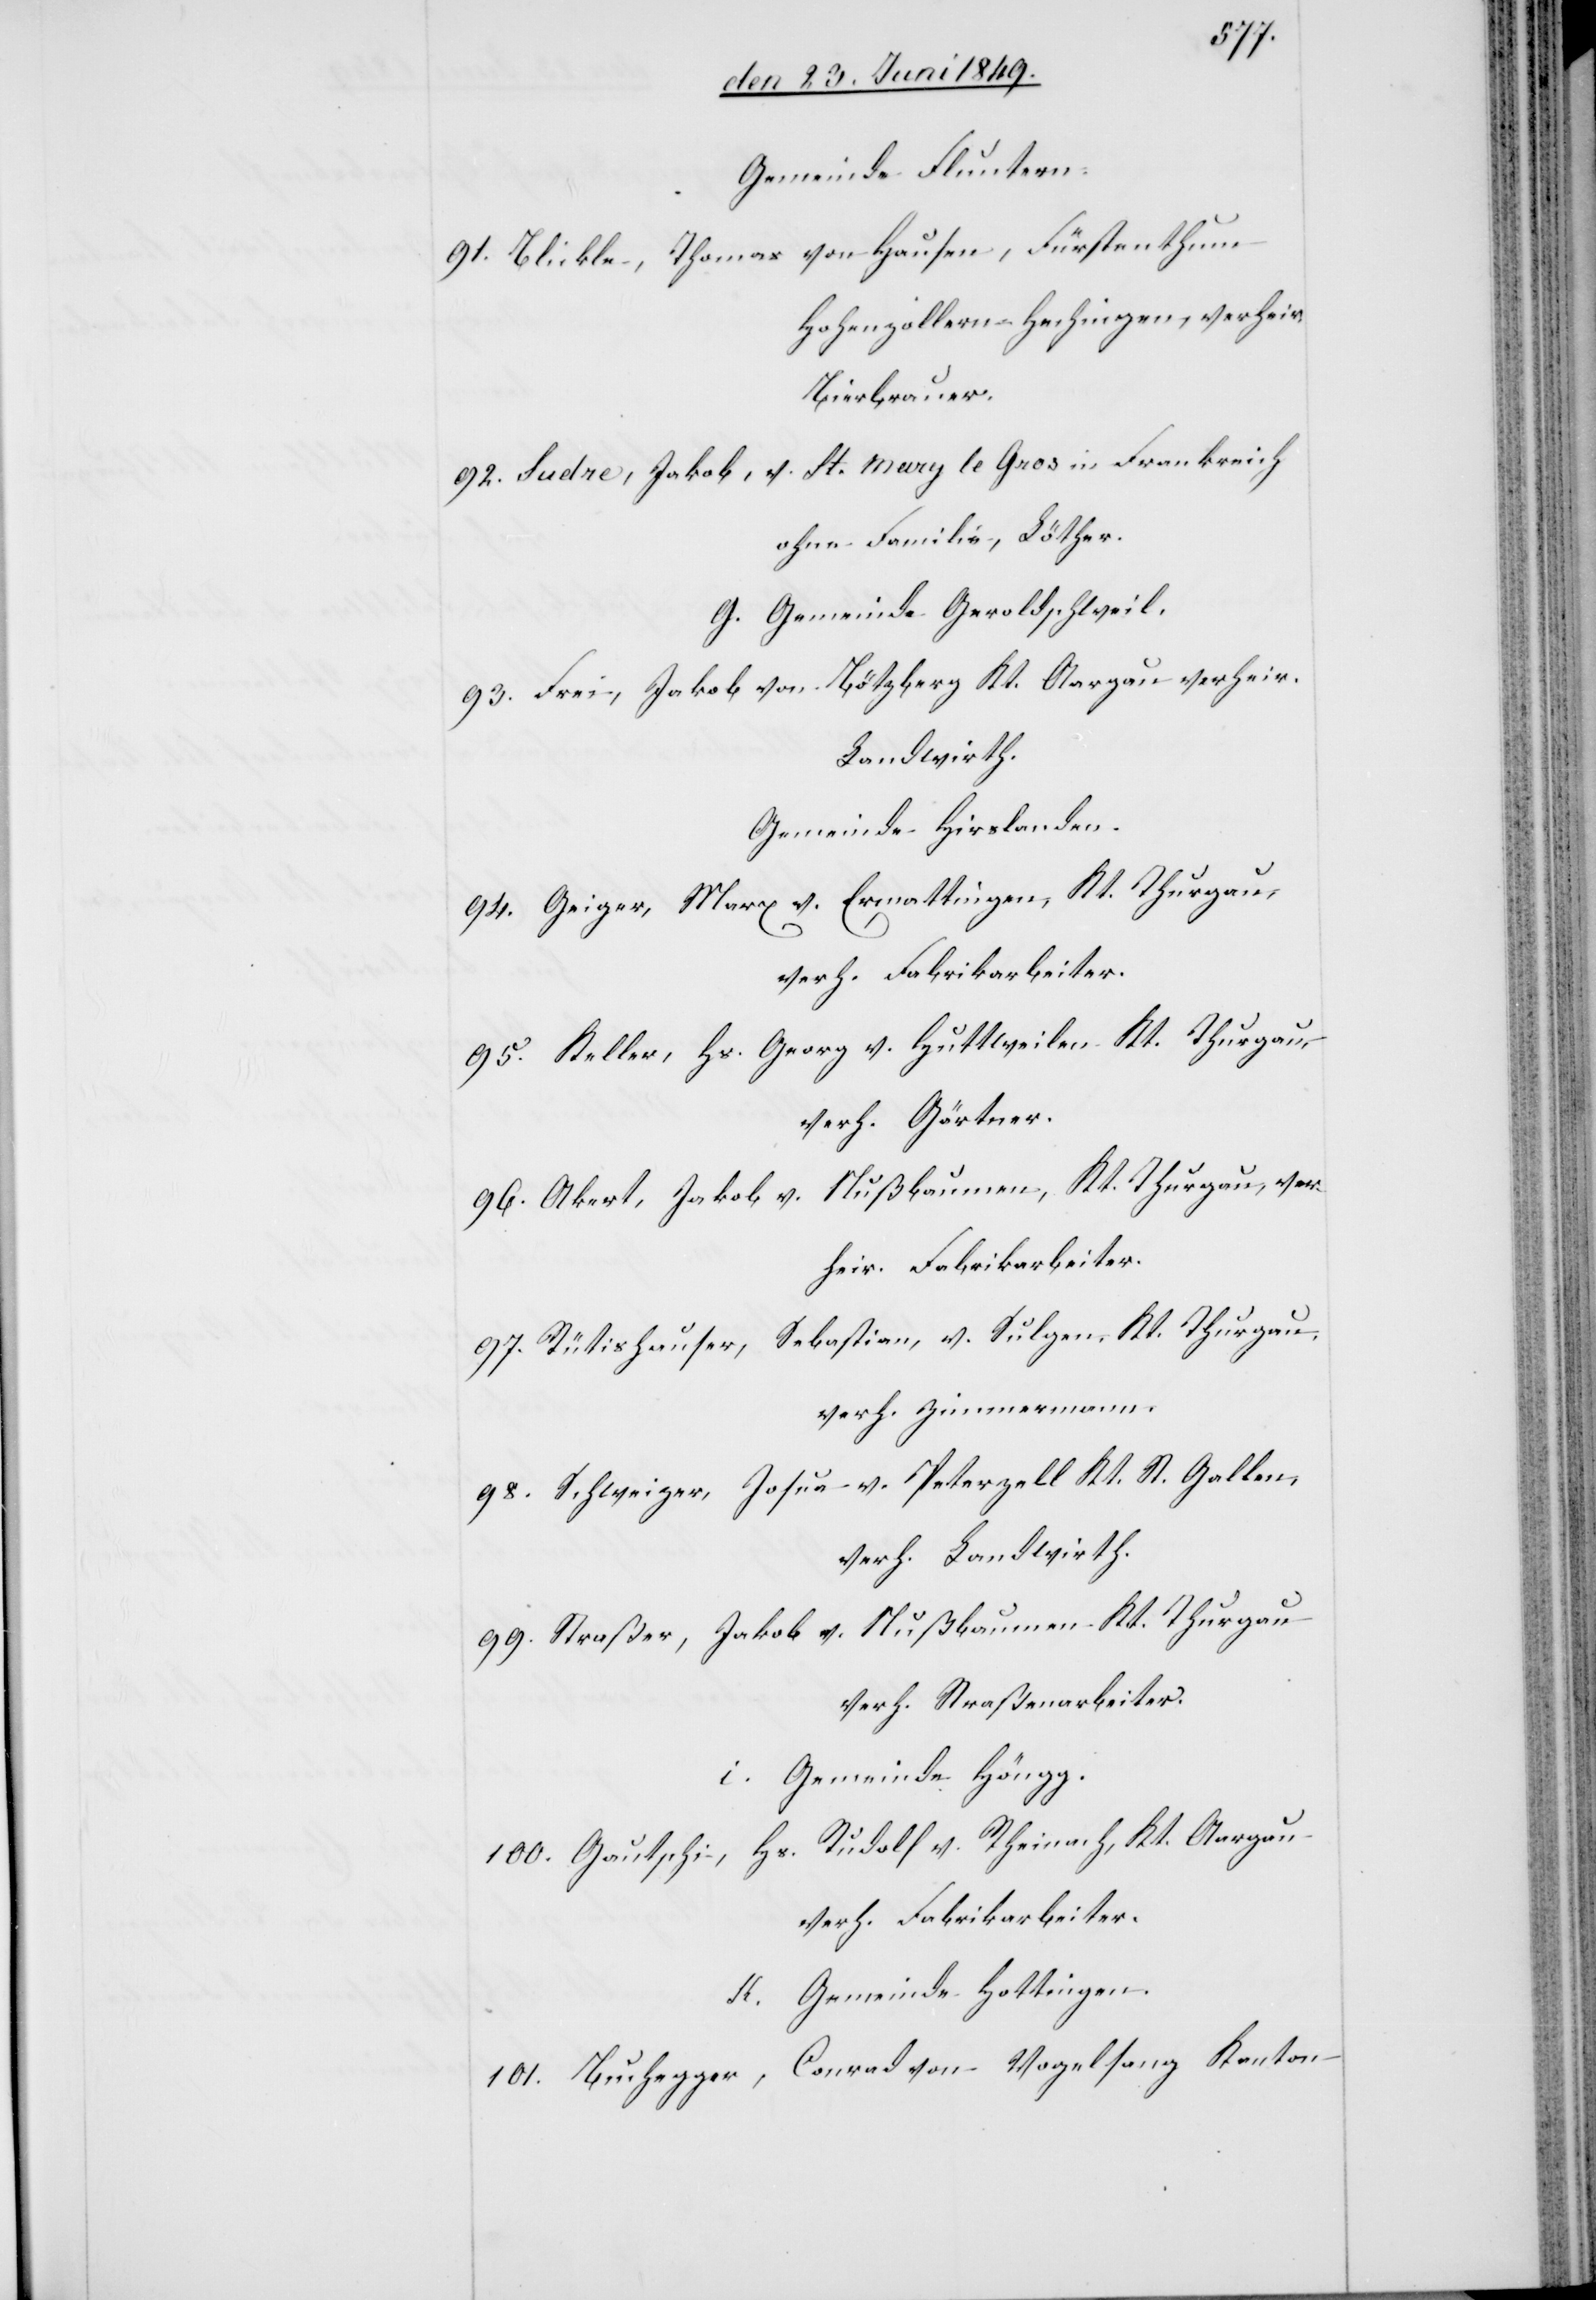
Gemeinde Fluntern.
91. Blickle, Thomas von Hausen, Fürstenthum
Hohenzollern-Hechingen, verheir.
Bierbrauer.
92. Sudre, Jakob, v. St. Mary le Gros in Frankreich
ohne Familie, Löther.
G. Gemeinde Geroldschweil.
93. Frei, Jakob von Bötzberg Kt. Aargau verheir.
Landwirth.
Gemeinde Hirslanden.
94. Geiger, Marx v. Ermattingen, Kt. Thurgau,
verh. Fabrikarbeiter.
95. Keller, Hs. Georg v. Huttweilen Kt. Thurgau,
verh. Gärtner.
96. Akert, Jakob v. Nußbaumen, Kt. Thurgau, ver¬
heir. Fabrikarbeiter.
97. Rütishauser, Sebastian, v. Sulgen, Kt. Thurgau.
verh. Zimmermann.
98. Schweizer, Josua v. Peterzell Kt. St. Gallen,
verh. Landwirth.
99. Straßer, Jakob v. Nußbaumen Kt. Thurgau
verh. Straßenarbeiter.
i. Gemeinde Höngg.
Hs. Rudolf v. Rheinach, Kt. Aargau
100. Gautschi,
verh. Fabrikarbeiter.
Gemeinde Hottingen.
101. Buchegger, Conrad von Vogelsang Kanton